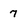
Character: 7